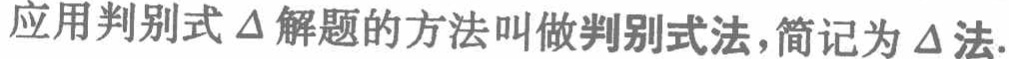
应用判别式\(\Delta\)解题的方法叫做判别式法，简记为\(\Delta\)法.